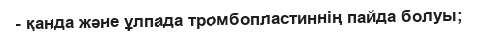
- қанда және ұлпада тромбопластиннің пайда болуы;